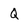
Character: Q